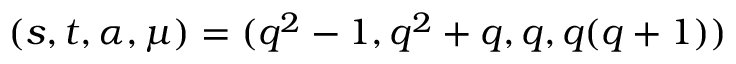
( s , t , \alpha , \mu ) = ( q ^ { 2 } - 1 , q ^ { 2 } + q , q , q ( q + 1 ) )